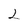
Character: 2